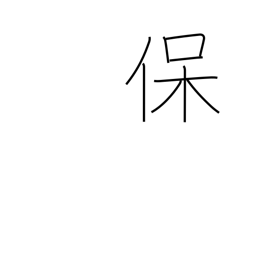
Meaning: sustain